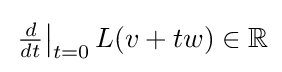
{\textstyle \left.{\frac {d}{dt}}\right|_{t=0}L(v+tw)\in \mathbb {R} }